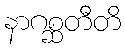
နာဂစ္ဆတီတိ